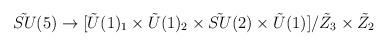
LaTeX: \begin{align*}{\tilde {SU}}(5)\rightarrow[ {\tilde U}(1)_1\times {\tilde U}(1)_2 \times{\tilde {SU}}(2)\times {\tilde U}(1) ]/{\tilde Z}_3\times {\tilde Z}_2\end{align*}